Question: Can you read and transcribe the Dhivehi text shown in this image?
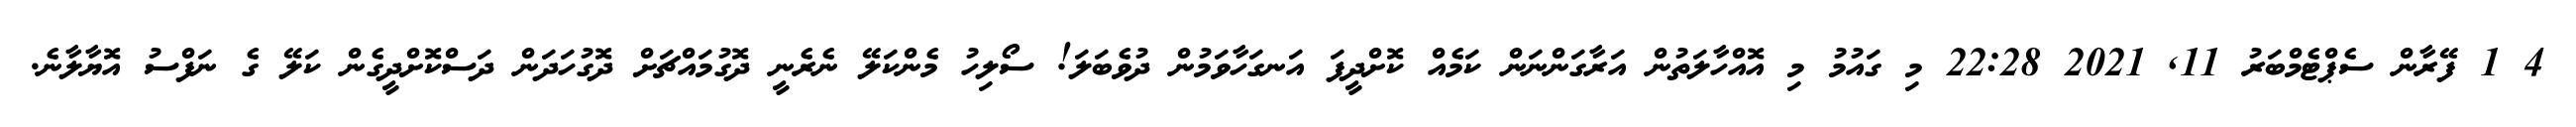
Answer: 4 1 ފޭރާން ސެޕްޓެމްބަރު 11, 2021 22:28 މި ގައުމު މި އޮއްހާލަތުން އަރާގަންނަން ކަމެއް ކޮށްދީފަ އަނގަހާވަމުން ދުވެބަލަ! ސޯލިހު މެންކަލޭ ނެރެނީ ދޮގުމައްޗަށް ދޮގުހަދަން ދަސްކޮށްދީގެން ކަލޭ ގެ ނަފްސު އޮޔާލާނެ.